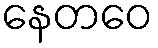
နေတဝေ